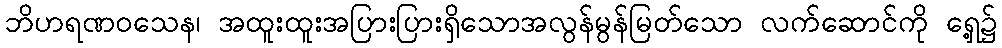
ဘိဟရဏဝသေန၊ အထူးထူးအပြားပြားရှိသောအလွန်မွန်မြတ်သော လက်ဆောင်ကို ရှေ့၌